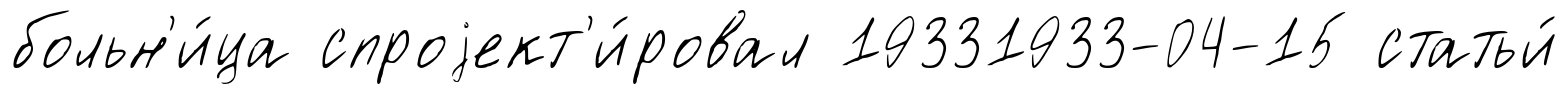
больн'и́ца спроjект'и́ровал 19331933-04-15 статьи́